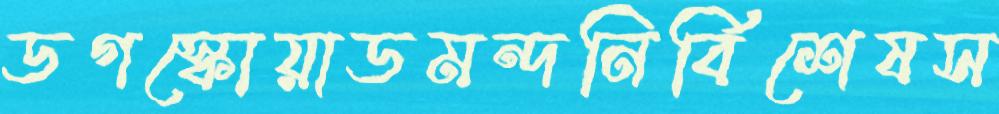
ডগস্কোয়াডমন্দনির্বিশেষস